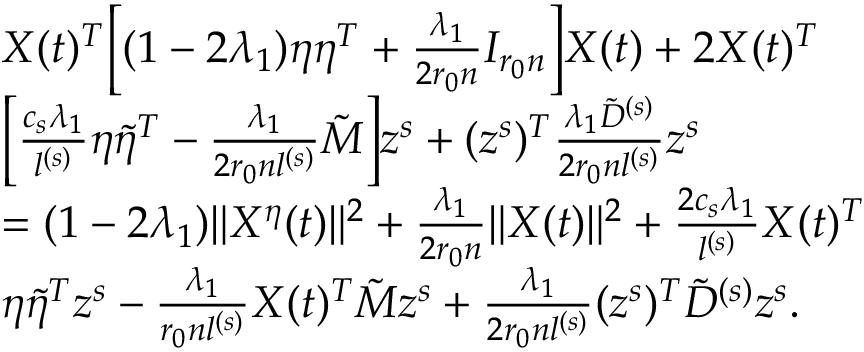
\begin{array} { r l } & { X ( t ) ^ { T } \Big [ ( 1 - 2 \lambda _ { 1 } ) \eta \eta ^ { T } + \frac { \lambda _ { 1 } } { 2 r _ { 0 } n } I _ { r _ { 0 } n } \Big ] X ( t ) + 2 X ( t ) ^ { T } } \\ & { \Big [ \frac { c _ { s } \lambda _ { 1 } } { l ^ { ( s ) } } \eta \tilde { \eta } ^ { T } - \frac { \lambda _ { 1 } } { 2 r _ { 0 } n l ^ { ( s ) } } \tilde { M } \Big ] z ^ { s } + ( z ^ { s } ) ^ { T } \frac { \lambda _ { 1 } \tilde { D } ^ { ( s ) } } { 2 r _ { 0 } n l ^ { ( s ) } } z ^ { s } } \\ & { = ( 1 - 2 \lambda _ { 1 } ) \| X ^ { \eta } ( t ) \| ^ { 2 } + \frac { \lambda _ { 1 } } { 2 r _ { 0 } n } \| X ( t ) \| ^ { 2 } + \frac { 2 c _ { s } \lambda _ { 1 } } { l ^ { ( s ) } } X ( t ) ^ { T } } \\ & { \eta \tilde { \eta } ^ { T } z ^ { s } - \frac { \lambda _ { 1 } } { r _ { 0 } n l ^ { ( s ) } } X ( t ) ^ { T } \tilde { M } z ^ { s } + \frac { \lambda _ { 1 } } { 2 r _ { 0 } n l ^ { ( s ) } } ( z ^ { s } ) ^ { T } \tilde { D } ^ { ( s ) } z ^ { s } . } \end{array}